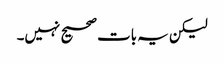
لیکن یہ بات صحیح نہیں۔